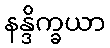
နန္ဒိက္ခယာ